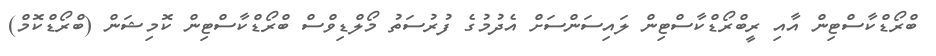
ބްރޯޑްކާސްޓިން އާއި ރީބްރޯޑްކާސްޓިން ލައިސަންސަށް އެދުމުގެ ފުރުސަތު މޯލްޑިވްސް ބްރޯޑްކާސްޓިން ކޮމިޝަން (ބްރޯޑްކޮމް)